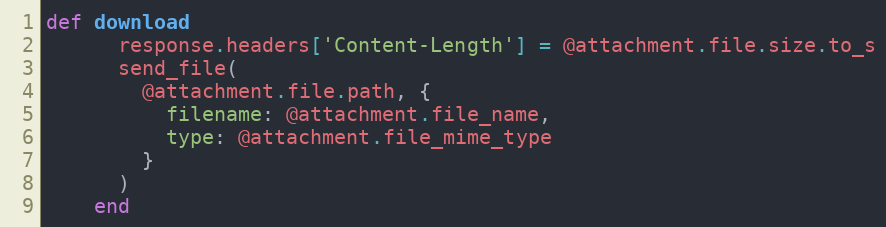
Language: Ruby
def download
      response.headers['Content-Length'] = @attachment.file.size.to_s
      send_file(
        @attachment.file.path, {
          filename: @attachment.file_name,
          type: @attachment.file_mime_type
        }
      )
    end